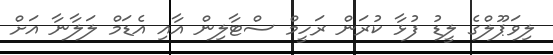
ލިވަޕޫލްގެ ލީޑު ފުޅާ ކުރަން ރަހީމް ސްޓާލިން އާއި އެޑަމް ލަލާނާ އަށް